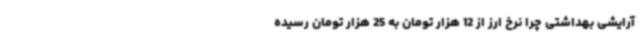
آرایشی بهداشتی چرا نرخ ارز از 12 هزار تومان به 25 هزار تومان رسیده